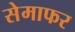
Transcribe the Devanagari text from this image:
सेमाफर